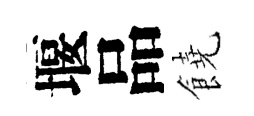
堰品饒